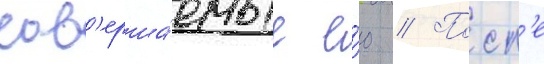
сов'ерша́емые е́ю // Посл'е